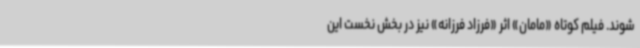
‌شوند. فیلم کوتاه «مامان» اثر «فرزاد فرزانه» نیز در بخش نخست این